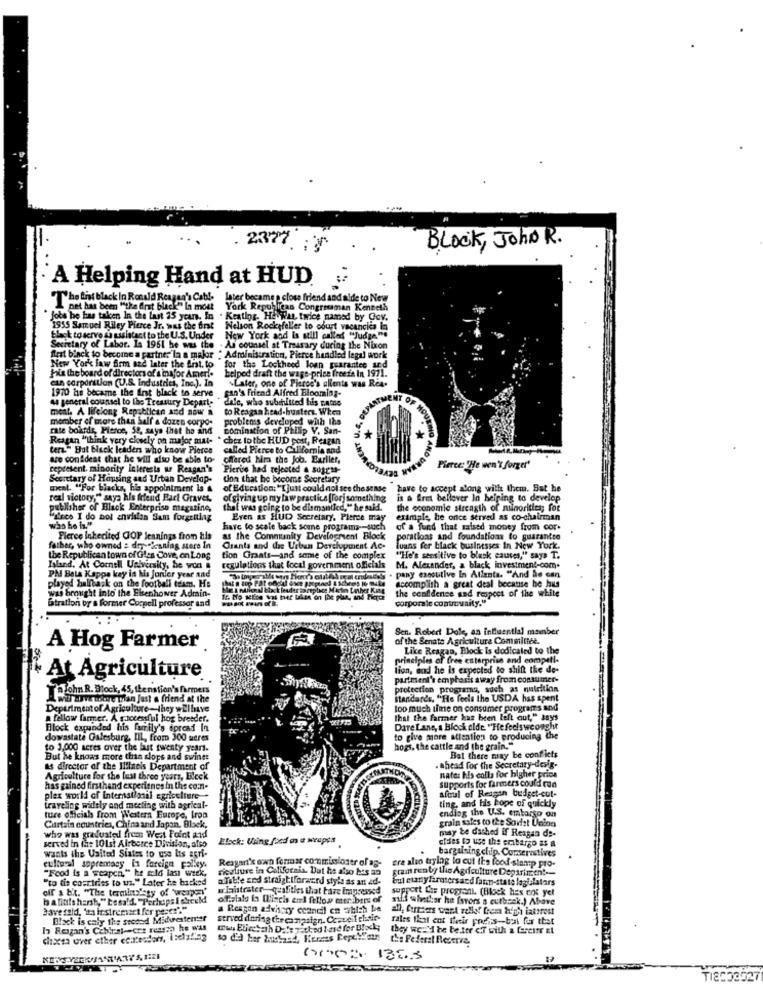
2377.3
Block, John R.
A Helping Hand at HUD
The fit black In Ronald Reagan's Cable later became a close friend and alde to New
pet has been "the first black" In most
York Republicas Congressman Kenneth
jobs he has taken In the last 15 years. In . Keating. Hewan, twice named by Gov.
1955 Samuel Riley Pierce Jr. was the first Nelson Rockefeller to odurt vacancies In
black to serve &o uisintact to the U.S. Under
New York and is still called "Judge"e
Secretary of Labor. La 1961 he was the
As counsel at Treasary during the Nixon
Arst binck to become a partner'la a major " Administration, Pierce handled legal work
New York law firm and later the first. to
"for the Lockheed loan guarantee and
helped draft the wage-price freeze in 1971.
Fois the board of directors of a major Amer ..
can corporation (U.S. Industries, Inc.). In
"Later, one of Pierod's clients was Rea.
an's Friend Alfred Blooming-
1970 he became the Int black to serve
as general counsel to the Treasury Depart-
enle, who submitted fus t.Ame
meal. A lifelong Republican and now &
to Reagan head-husters. When
member of more than half a dozen corpo-
problems developed with ths
rate boards, Pierce, 58, says that ha and
Domination of Philip V. San-
Reagan "Think very closely on major mat- * chez tothe HUD post, Reagan
tera." But black leaders who know Pieres
called Pierce to California and
are confident that he will also be able to-
offered him the Job. Earlier,
represent. minority interests ur Reagan's
Pierve had rejected a susrss-
Pierce: "He wen' forger'
Scortary of Housing and Urban Develop-
don that he become Secretary
ment. "For blacks, his appointment la &
of Education: "Ijust could not see the sense
have to accept along with them. Sat he
real victory," says his friend Fact Graves.
ofgivingup my law practice [Forj something
is a Eret bellover In helping to develop
publisher of Black Enterprise magazine,
that was going to be dismantled," he said.
the economic strength of minorities; for
dece I do not anvision Sam forgentlag
Even as HUD Secretary, Pierce may
erimple, he once served as co-chairman
have to scale back some programs -- such
of a fund that maised money from cor.
Pierce Inherited GOP Jeanings from his
as the Community Development Block
porations and foundations to guarantee
father, who owned a day'sning store In
Grants and das Urban Development Ac-
luans fer black businesses In New York.
the Republican town of Gles Cove, on Long
tion Grats-and some of the complex
"He's sensitive to blask causes," says T.
Island, At Cornell University, be won
regulations that local government officials
M. Alexander, a black investment-com.
PM Beta Kappa key is his Junior year and
pany executive In Atlanta. "And Se can
accomplish a great deal because he hus
was brought into the Eisenhower Admin-
played halfbask on the football team. He
latration or a former Cocpell professor and
the confidence and respect of the white
corporate controuaity."
Sen. Robert Dole, an influential member
of the Senate Agricultura Committee.
A Hog Farmer
Like Reagan, Block Is dedicated to the
principles of free enterprise and compet !.
lion, and he is expected to shift the de-
At Agriculture
partment's emphasis away from consumer-
Tohn.R. Block, 45, thenation's farmers
protection programa, such as nutrition
wirair were mian Just a friend at the
Standards. "He fedis the USDA has spent
Department of Agriculture -- they wEihave
too much time on consumer programs and
a fellow lamer. A raccesful hog breeder.
that the farmer has been left out," says
Flock expanded his family's spread In
Dare Lane, a Block olde "He feels we ought
dowastate Galesburg, IIL, from 300 seres
to give more attention to producing the
to 3,000 acres over the last twenty years.
hogs, the cattle and the grain."
But he knows more than slops and swine:
Bal there may be confilets
as director of the Ilfineis Department of
. thead for the Secretary-desig-
Agriculture for the last three years, Eleck
Rates hls colla for higher price
Supports for farmers could run
has gained firsthand experianes in the com-
plex world of internadiasil agriculture
ting, and his kope of quickly
afoul of Reagan budget-cut-
traveling widely and meeting with agrical-
ture official from Western Europe, Iron
grain sales to the Soviet Union
ending the U.S. embargo on
Curtain countries, China and Japan. Black,
may te dashed if Reagan de-
who was graduated from Wert Foint and
served in the 101st Airberce Division, also
Elock: Using food on e wrapsa
cides to use the embargo as a
bargaining chip. Comserastives
wants the United States to use lis agri-
Reagan's own formar co-nmisiostr of as-
cultural supremacy la foreign policy.
"Food is a weapon," he told last week,
ricaliure in California. But he also bis an
cre also trylag lo cut its food slamp pro-
Fram renby this Agriculture Deparinch !--
"to tis cosrtries to us." Later he backed
a Table zed straightforward style as ant 4d-
Bul etany farmtersand fann-state laguilstars
off & b't. "The termlsisty of 'weapon"
wlaistrater-gealities that bare impressed
support Cas programi. (Block hes not yet
of.slaly in Wl'incis end fellow men bers of
mild whether he favors's cutback.) Abave
3ave rold, 'ta irstreetart for peser"."
a Reason advisory ceantil en bich be
Black is caly the stoood Midwesterner
served during thecampaign. Ccoveif elisir-
rales that ent their poens-brat far that
I Reigan's Cebiral-crz reason he was
they wc.Mi te be itr ef with a fareitr zt
the Federal Reserve
(15: 138.3
TI2033527